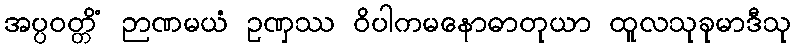
အပ္ပဝတ္တိံ ဉာဏမယံ ဥဏှဿ ဝိပါကမနောဓာတုယာ ထူလသုခုမာဒီသု